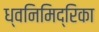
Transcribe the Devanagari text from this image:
ध्वनिमिद्रिका